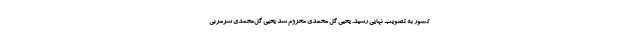
کشور به تصویب نهایی رسید. یحیی گل محمدی محروم شد یحیی گل‌محمدی سرمربی